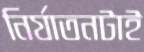
নির্যাতনটাই